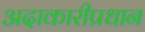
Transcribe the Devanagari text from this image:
अदाकारीप्रधान